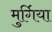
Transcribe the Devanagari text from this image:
मुर्गिया